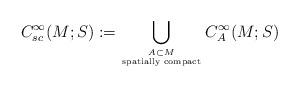
LaTeX: \begin{align*}C^\infty_{sc}(M;S) := \bigcup_{A\subset M \atop \mathrm{spatially\,\, compact}} C^\infty_A(M;S) \end{align*}